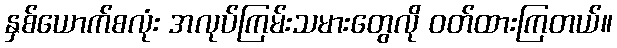
နှစ်ယောက်စလုံး အလုပ်ကြမ်းသမားတွေလို ဝတ်ထားကြတယ်။